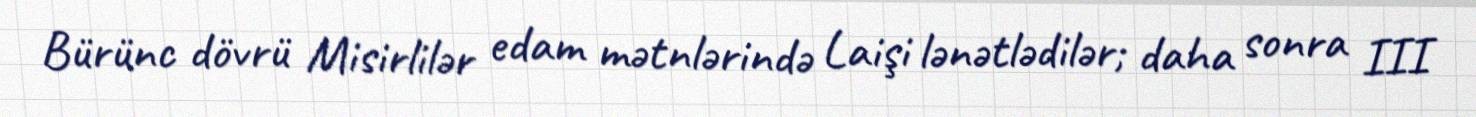
Bürünc dövrü Misirlilər edam mətnlərində Laişi lənətlədilər; daha sonra III